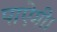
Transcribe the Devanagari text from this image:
पाऐगी।